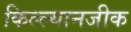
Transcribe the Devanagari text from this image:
किल्ल्यानजीक